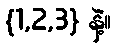
{1,2,3} နဲ့။